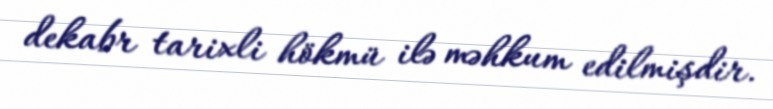
dekabr tarixli hökmü ilə məhkum edilmişdir.